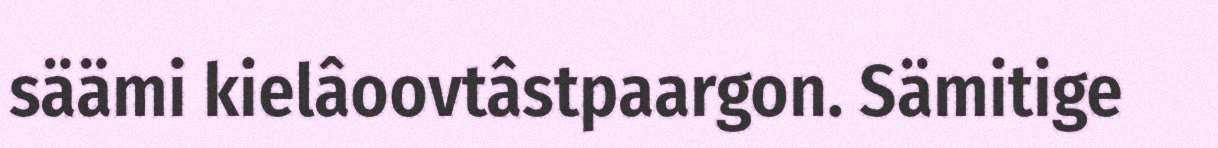
säämi kielâoovtâstpaargon. Sämitige